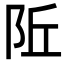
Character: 𬮾